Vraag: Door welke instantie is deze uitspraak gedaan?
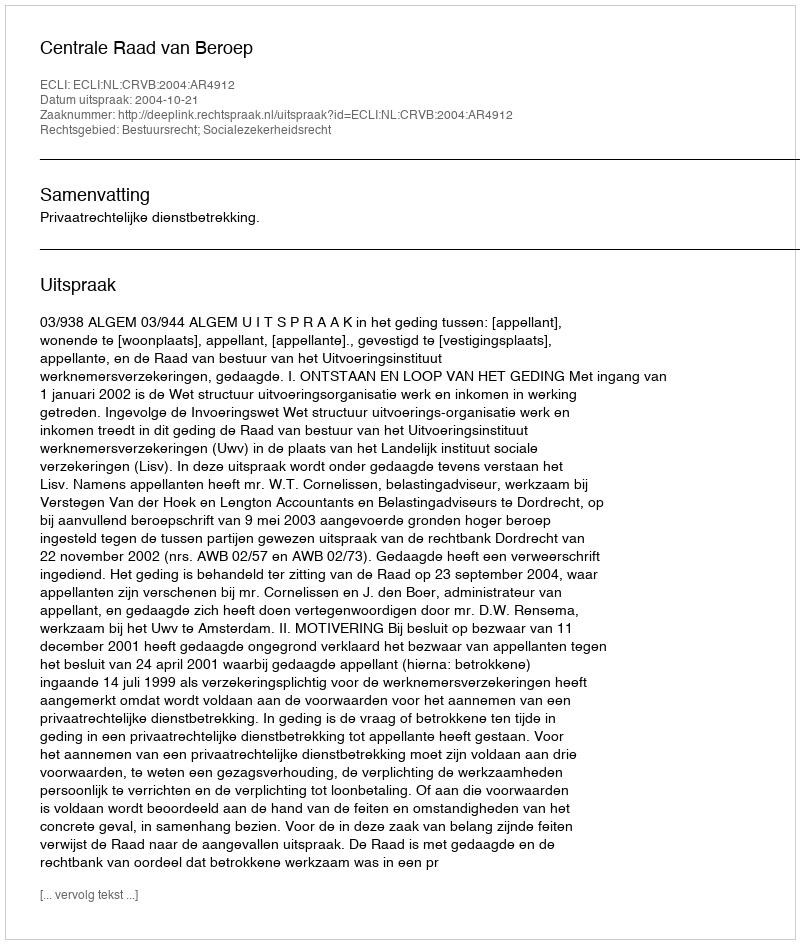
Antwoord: Centrale Raad van Beroep